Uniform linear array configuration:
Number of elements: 32
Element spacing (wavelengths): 0.75
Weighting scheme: binomial
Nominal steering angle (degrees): -15
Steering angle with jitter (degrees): -13.373
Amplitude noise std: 0.05
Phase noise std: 0.05

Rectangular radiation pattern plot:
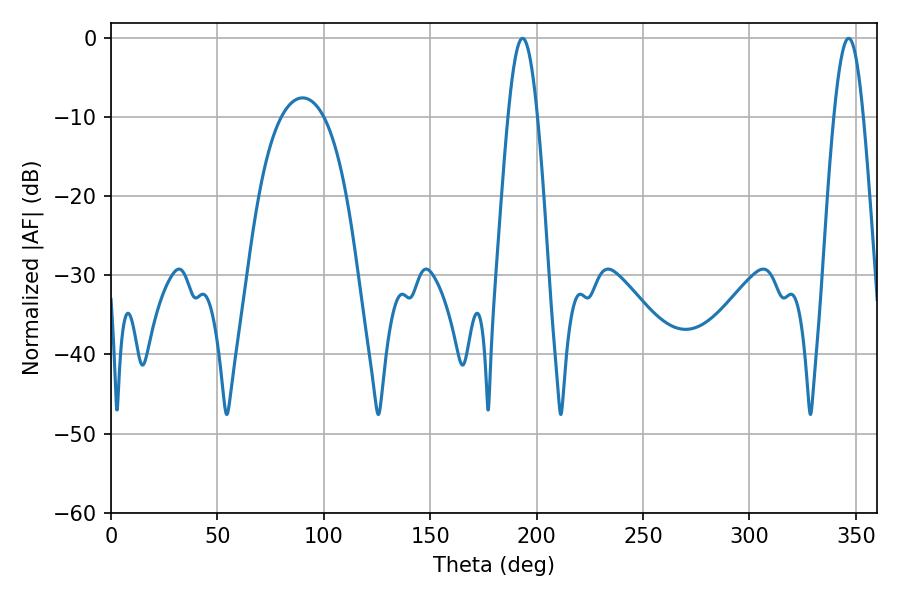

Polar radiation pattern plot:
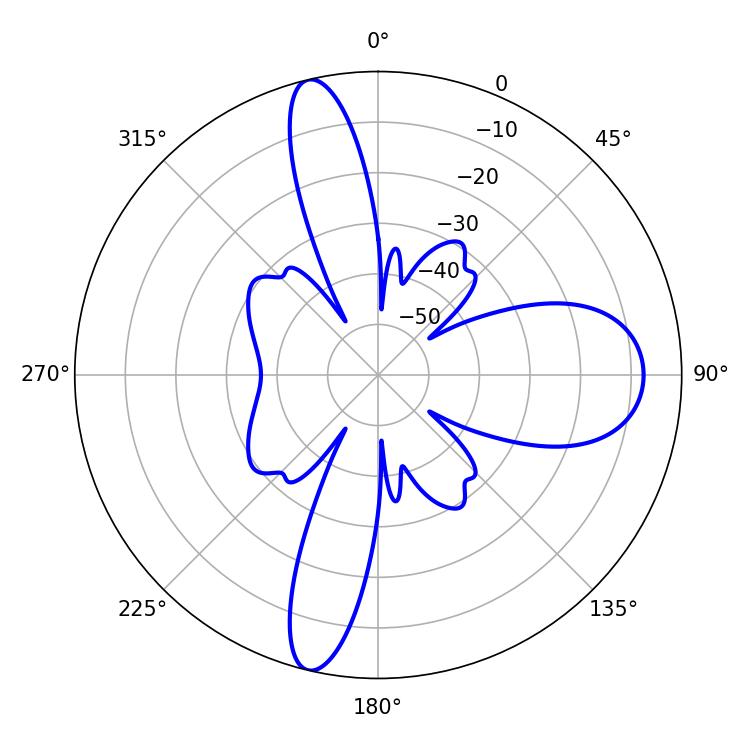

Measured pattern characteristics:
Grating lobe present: TRUE
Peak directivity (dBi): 27.882
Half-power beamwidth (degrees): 7.38
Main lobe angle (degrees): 193.32